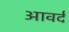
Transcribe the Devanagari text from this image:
आवर्द